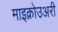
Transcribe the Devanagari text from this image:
माइक्रोउअरी